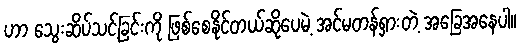
ဟာ သွေးဆိပ်သင့်ခြင်းကို ဖြစ်စေနိုင်တယ်ဆိုပေမဲ့ အင်မတန်ရှားတဲ့ အခြေအနေပါ။